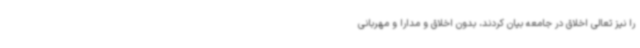
را نیز تعالی اخلاق در جامعه بیان کردند، بدون اخلاق و مدارا و مهربانی